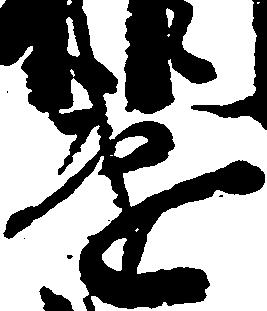
違